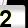
Digit: 2